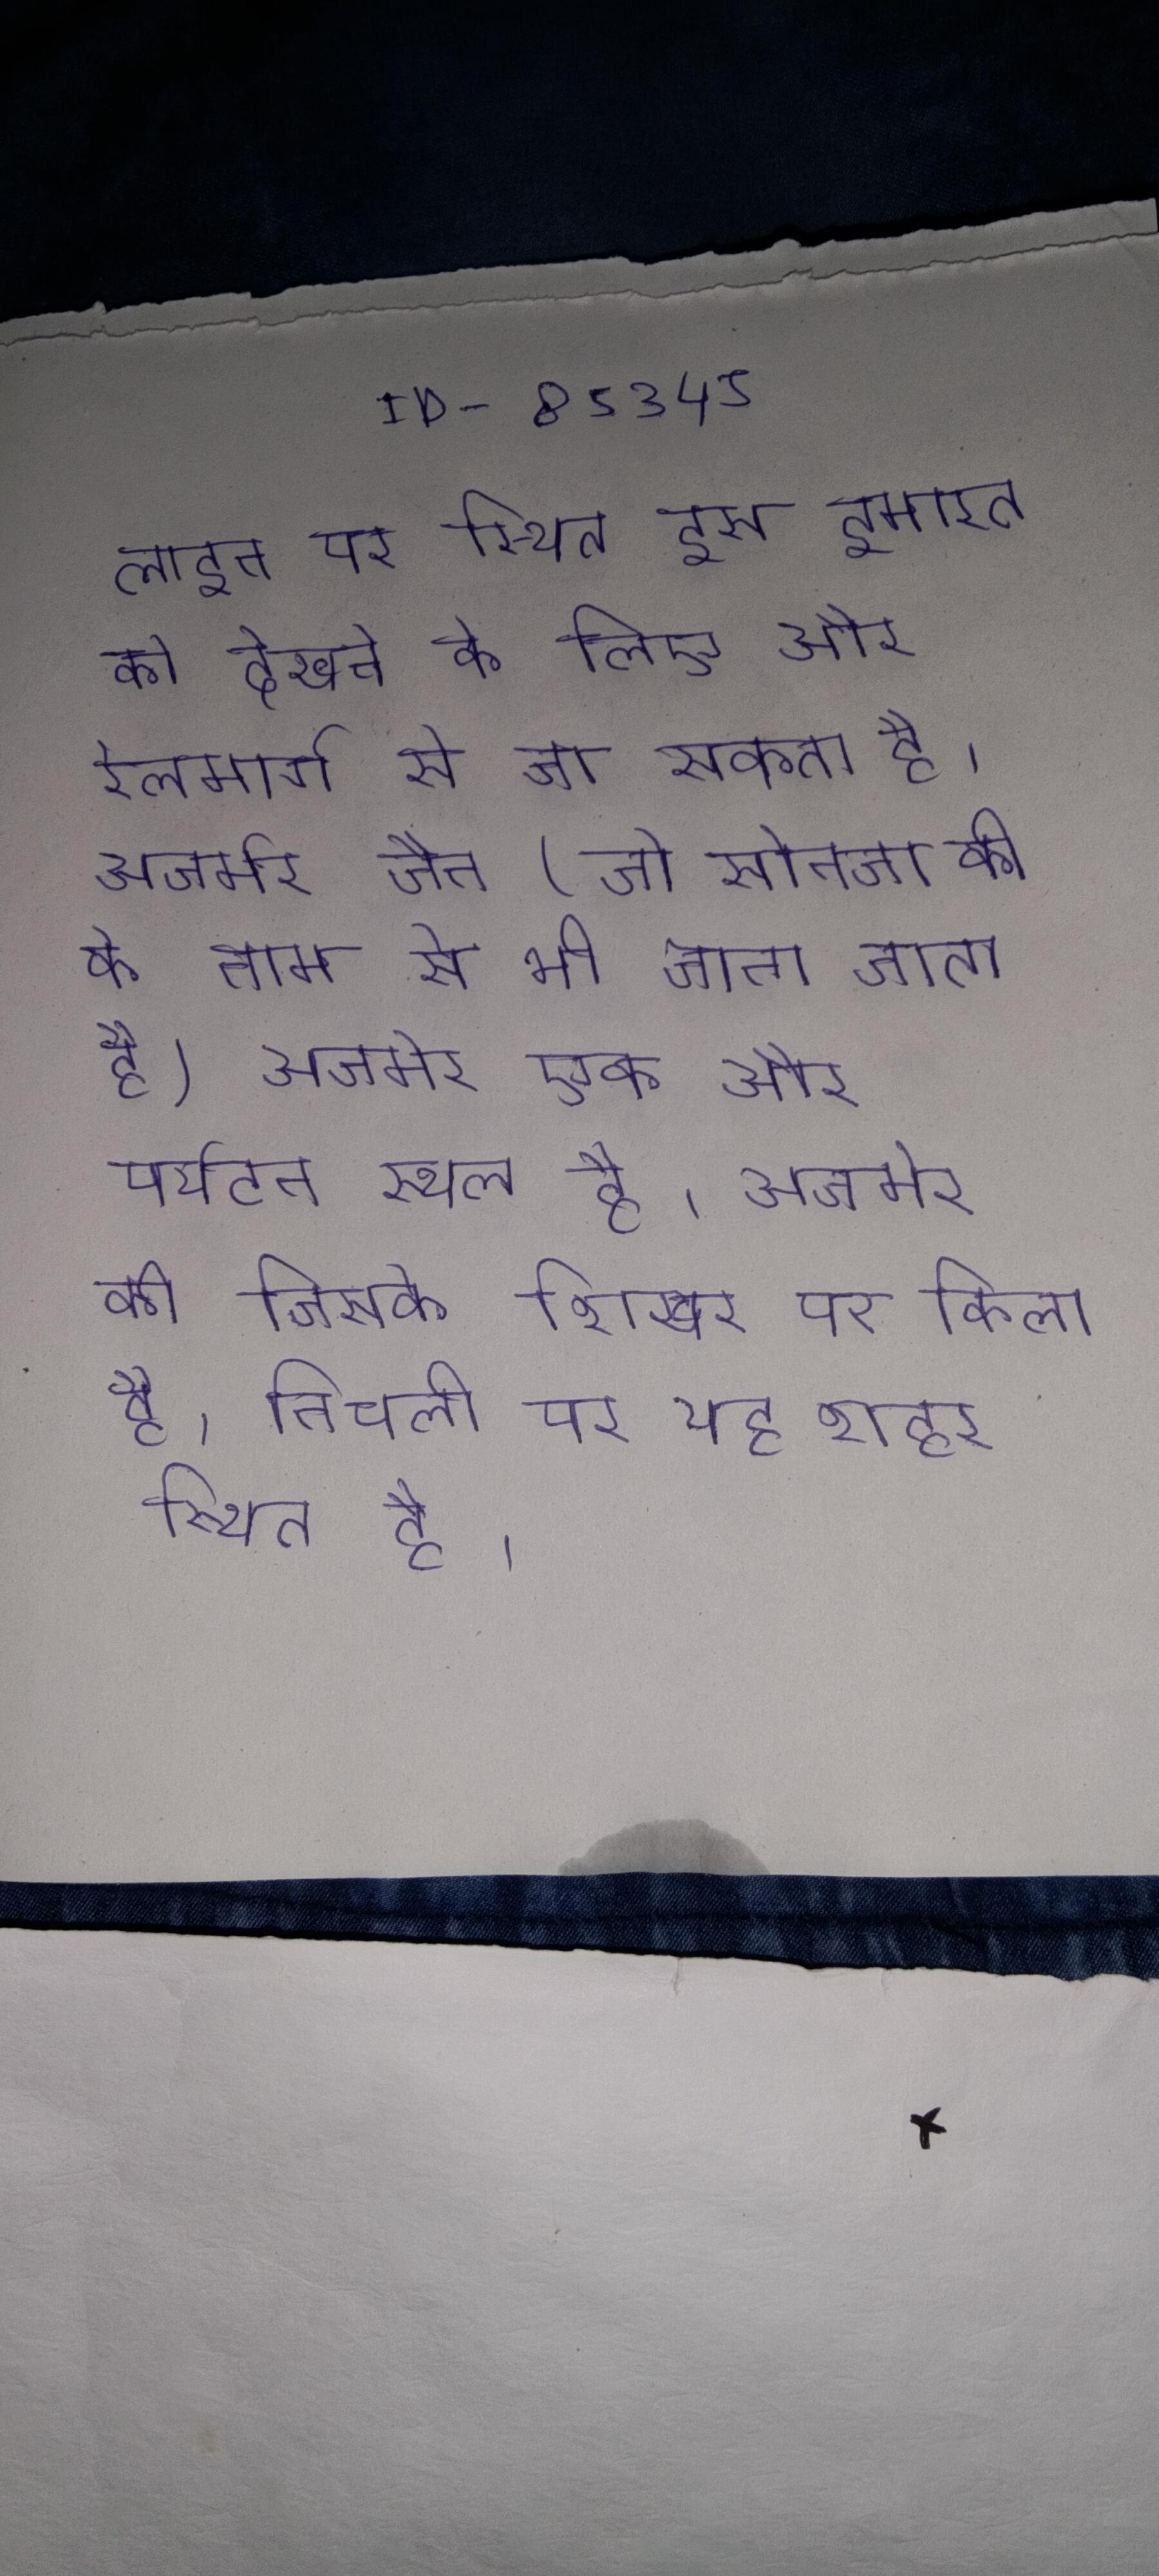
लाइन पर स्थित इस इमारत को देखने के लिए और रेलमार्ग से जा सकता है । अजमेर जैन (जो सोनजी की के नाम से भी जाना जाता है) अजमेर एक और पर्यटन स्थल है । अजमेर की जिसके शिखर पर किला है, निचली पर यह शहर स्थित है ।